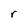
Character: r